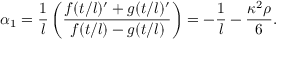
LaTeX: \alpha _ { 1 } = \frac { 1 } { l } \left( \frac { f ( t / l ) ^ { \prime } + g ( t / l ) ^ { \prime } } { f ( t / l ) - g ( t / l ) } \right) = - \frac { 1 } { l } - \frac { \kappa ^ { 2 } \rho } { 6 } .